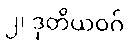
၂၊ ဒုတိယဝဂ်